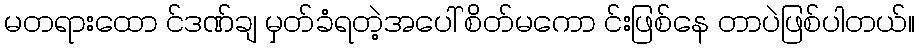
မတရားထော င်ဒဏ်ချ မှတ်ခံရတဲ့အပေါ် စိတ်မကော င်းဖြစ်နေ တာပဲဖြစ်ပါတယ်။